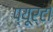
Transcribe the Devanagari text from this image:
प्‍यूर्टो